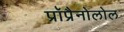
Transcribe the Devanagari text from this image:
प्रॉप्रैनोलोल